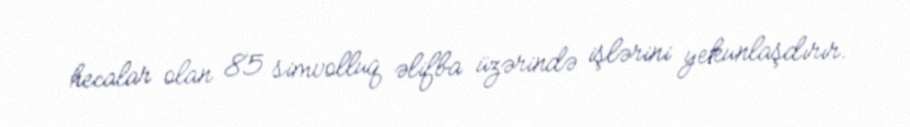
hecalar olan 85 simvolluq əlifba üzərində işlərini yekunlaşdırır.